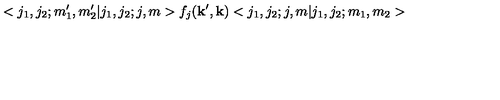
< j _ { 1 } , j _ { 2 } ; m _ { 1 } ^ { \prime } , m _ { 2 } ^ { \prime } | j _ { 1 } , j _ { 2 } ; j , m > f _ { j } ( { \bf k } ^ { \prime } , { \bf k } ) < j _ { 1 } , j _ { 2 } ; j , m | j _ { 1 } , j _ { 2 } ; m _ { 1 } , m _ { 2 } >